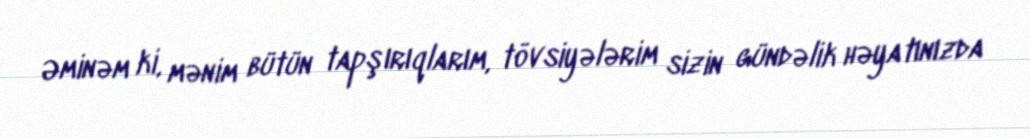
Əminəm ki, mənim bütün tapşırıqlarım, tövsiyələrim sizin gündəlik həyatınızda